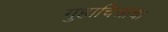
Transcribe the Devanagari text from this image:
गुहाचित्रांचा